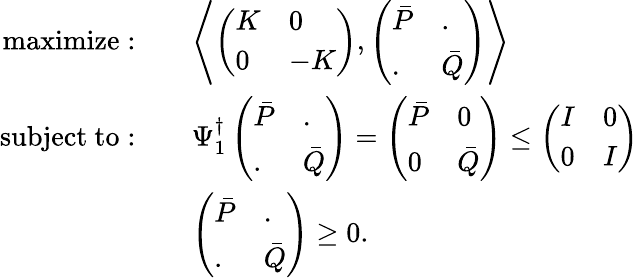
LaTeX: \begin{array}{rl}{\mathrm{maximize}:\quad}&{\left\langle\left(\begin{array}{ll}{K}&{0}\\ {0}&{-K}\end{array}\right),\left(\begin{array}{ll}{\bar{P}}&{.}\\ {.}&{\bar{Q}}\end{array}\right)\right\rangle}\\ {\mathrm{subject~to}:\quad}&{\Psi_{1}^{\dagger}\left(\begin{array}{ll}{\bar{P}}&{.}\\ {.}&{\bar{Q}}\end{array}\right)=\left(\begin{array}{ll}{\bar{P}}&{0}\\ {0}&{\bar{Q}}\end{array}\right)\leq\left(\begin{array}{ll}{I}&{0}\\ {0}&{I}\end{array}\right)}\\ &{\left(\begin{array}{ll}{\bar{P}}&{.}\\ {.}&{\bar{Q}}\end{array}\right)\geq 0.}\end{array}